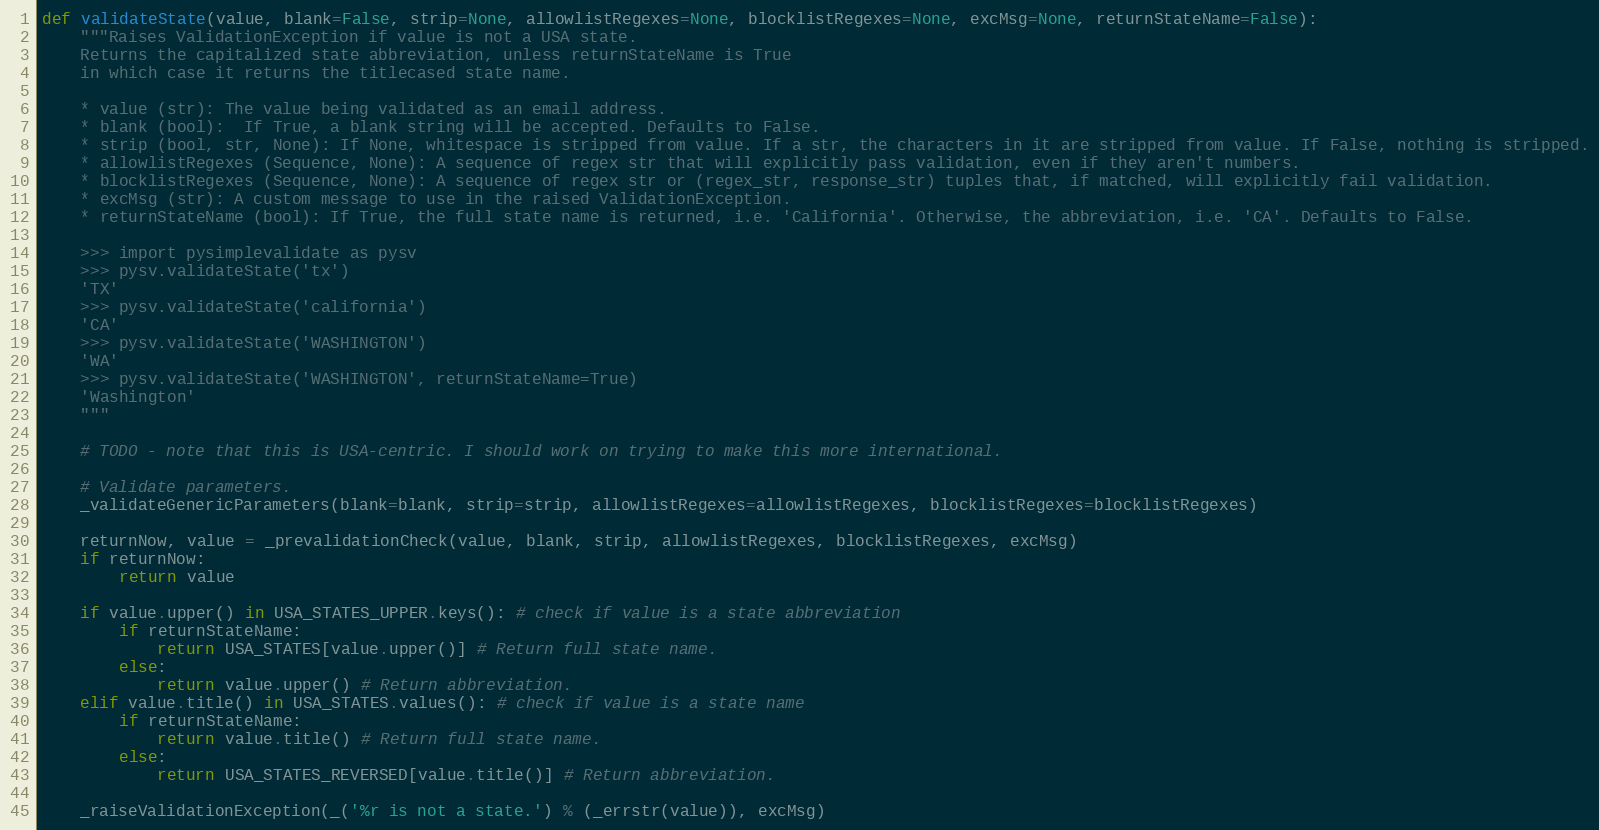
Language: Python
def validateState(value, blank=False, strip=None, allowlistRegexes=None, blocklistRegexes=None, excMsg=None, returnStateName=False):
    """Raises ValidationException if value is not a USA state.
    Returns the capitalized state abbreviation, unless returnStateName is True
    in which case it returns the titlecased state name.

    * value (str): The value being validated as an email address.
    * blank (bool):  If True, a blank string will be accepted. Defaults to False.
    * strip (bool, str, None): If None, whitespace is stripped from value. If a str, the characters in it are stripped from value. If False, nothing is stripped.
    * allowlistRegexes (Sequence, None): A sequence of regex str that will explicitly pass validation, even if they aren't numbers.
    * blocklistRegexes (Sequence, None): A sequence of regex str or (regex_str, response_str) tuples that, if matched, will explicitly fail validation.
    * excMsg (str): A custom message to use in the raised ValidationException.
    * returnStateName (bool): If True, the full state name is returned, i.e. 'California'. Otherwise, the abbreviation, i.e. 'CA'. Defaults to False.

    >>> import pysimplevalidate as pysv
    >>> pysv.validateState('tx')
    'TX'
    >>> pysv.validateState('california')
    'CA'
    >>> pysv.validateState('WASHINGTON')
    'WA'
    >>> pysv.validateState('WASHINGTON', returnStateName=True)
    'Washington'
    """

    # TODO - note that this is USA-centric. I should work on trying to make this more international.

    # Validate parameters.
    _validateGenericParameters(blank=blank, strip=strip, allowlistRegexes=allowlistRegexes, blocklistRegexes=blocklistRegexes)

    returnNow, value = _prevalidationCheck(value, blank, strip, allowlistRegexes, blocklistRegexes, excMsg)
    if returnNow:
        return value

    if value.upper() in USA_STATES_UPPER.keys(): # check if value is a state abbreviation
        if returnStateName:
            return USA_STATES[value.upper()] # Return full state name.
        else:
            return value.upper() # Return abbreviation.
    elif value.title() in USA_STATES.values(): # check if value is a state name
        if returnStateName:
            return value.title() # Return full state name.
        else:
            return USA_STATES_REVERSED[value.title()] # Return abbreviation.

    _raiseValidationException(_('%r is not a state.') % (_errstr(value)), excMsg)